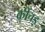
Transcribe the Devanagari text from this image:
कींचड़